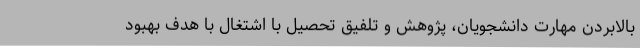
بالابردن مهارت دانشجویان، پژوهش و تلفیق تحصیل با اشتغال با هدف بهبود